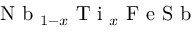
\mathrm { ~ N ~ b ~ } _ { 1 - x } \mathrm { ~ T ~ i ~ } _ { x } \mathrm { ~ F ~ e ~ S ~ b ~ }